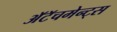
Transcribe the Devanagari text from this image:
अॅटॅचमेन्ट्‌स